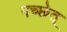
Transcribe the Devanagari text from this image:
गच्छेत्